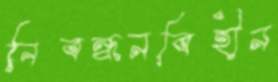
নিবন্ধনবিহীন